Insane asylums in Bengal annual reports 1876-1887 - 1876-1887
Year: 1876
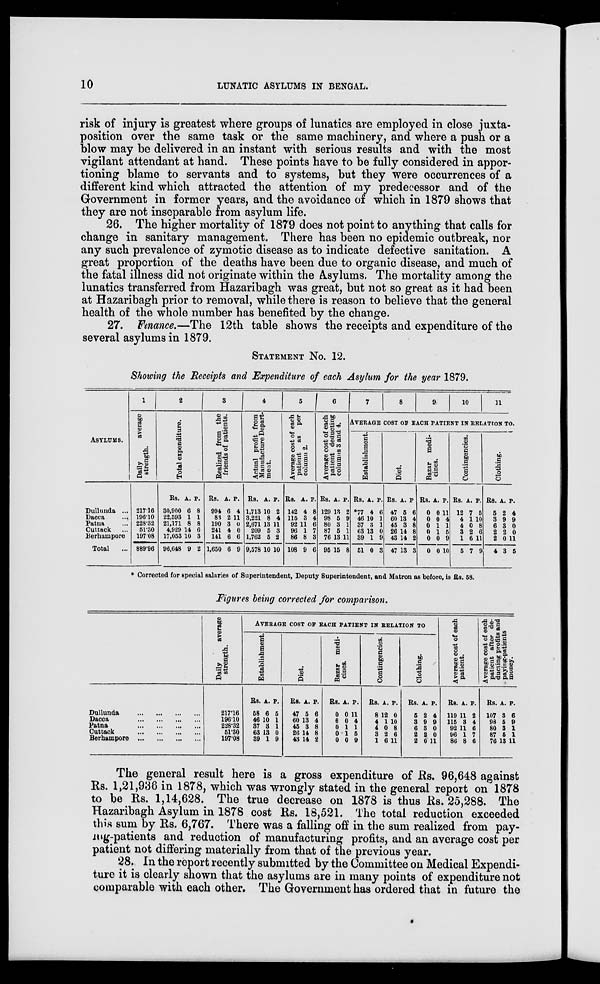
10
LUNATIC ASYLUMS IN BENGAL.
risk of injury is greatest where groups of lunatics are employed in close juxta-
position over the same task or the same machinery, and where a push or a
blow may be delivered in an instant with serious results and with the most
vigilant attendant at hand. These points have to be fully considered in appor-
tioning blame to servants and to systems, but they were occurrences of a
different kind which attracted the attention of my predecessor and of the
Government in former years, and the avoidance of which in 1879 shows that
they are not inseparable from asylum life.
26. The higher mortality of 1879 does not point to anything that calls for
change in sanitary management. There has been no epidemic outbreak, nor
any such prevalence of zymotic disease as to indicate defective sanitation. A
great proportion of the deaths have been due to organic disease, and much of
the fatal illness did not originate within the Asylums. The mortality among the
lunatics transferred from Hazaribagh was great, but not so great as it had been
at Hazaribagh prior to removal, while there is reason to believe that the general
health of the whole number has benefited by the change.
27. Finance.—The 12th table shows the receipts and expenditure of the
several asylums in 1879.
STATEMENT No. 12.
Showing the Receipts and Expenditure of each Asylum for the year 1879.
ASYLUMS.
Dullunda ...
Dacca ...
Patna ...
Cuttack ...
Berhampore
Total ...
1
Daily
average
strength.
217.16
196.10
228.32
51.30
197.08
889.96
2
Total expenditure.
Rs.
30,900
22,593
21,171
4,929
17,053
96,648
A.
6
1
8
14
10
9
P.
8
1
8
6
3
2
3
Realized from the
friends of patients.
Rs.
994
83
190
241
141
1,650
A.
6
2
3
4
6
6
P.
4
11
0
0
6
9
4
Actual profit from
Manufacture Depart-
ment.
Rs.
1,713
3,221
2,671
209
1,762
9,578
A.
10
8
13
5
5
10
P.
2
4
11
3
2
10
5
Average cost of each
patient as
per
column 2.
Rs.
142
115
92
96
86
108
A.
4
3
11
1
8
9
P.
8
4
6
7
3
6
6
Average cost of each
patient deducting
columns 3 and 4.
Rs.
129
98
80
87
76
95
A.
13
5
3
5
13
15
P.
2
9
1
1
11
8
7
8
9
10
11
AVERAGE COST OF EACH PATIENT IN RELATION TO.
Establishment.
Rs.
*77
46
37
63
39
51
A.
4
10
3
13
1
0
P.
6
1
1
0
9
3
Diet.
Rs.
47
60
45
26
43
47
A.
5
13
3
14
14
13
P.
6
4
8
8
2
3
Bazar medi-
cines.
Rs.
0
0
0
0
0
0
A.
0
0
1
1
0
0
P.
11
4
1
5
9
10
Contingencies.
Rs.
12
4
4
3
1
5
A.
7
1
0
2
6
7
P.
5
10
8
6
11
9
Clothing.
Rs.
5
3
6
2
2
4
A.
2
9
3
2
0
3
P.
4
9
0
0
11
5
* Corrected for special salaries of Superintendent, Deputy Superintendent, and Matron as before, is Rs. 58.
Figures being corrected for comparison.
Dullunda
...
...
...
...
Dacca
... ... ... ...
Patna
... ... ... ...
Cuttack
... ... ... ...
Berhampore
... ... ... ...
Daily
average
strength.
217.16
196.10
228.32
51.30
197.08
AVERAGE COST OF EACH PATIENT IN RELATION TO
Establishment.
Rs.
58
46
37
63
39
A.
6
10
3
13
1
P.
5
1
1
0
9
Diet.
Rs.
47
60
45
26
43
A.
5
13
3
14
14
P.
6
4
8
8
2
Bazar medi-
cines.
Rs.
0
0
0
0
0
A.
0
0
1
1
0
P.
11
4
1
5
9
Contingencies.
Rs.
8
4
4 3
1
A.
12
1
0
2
6
P.
0
10
8
6
11
Clothing.
Rs.
5
3
6
2
2
A.
2
9
3
2
0
P.
4
9
0
0
11
Average cost of each
patient.
Rs.
119
115
92
96
86
A.
11
3
11
1
8
P.
2
4
6
7
6
Average cost of each
patient after de-
ducting profits and
paying-patients
money.
Rs.
107
98
80
87
76
A.
3
5
3
5
13
P.
6
9
1
1
11
The general result here is a gross expenditure of Rs. 96,648 against
Rs. 1,21,936 in 1878, which was wrongly stated in the general report on 1878
to be Rs. 1,14,628. The true decrease on 1878 is thus Rs. 25,288. The
Hazaribagh Asylum in 1878 cost Rs. 18,521. The total reduction exceeded
this sum by Rs. 6,767. There was a falling off in the sum realized from pay-
ing-patients and reduction of manufacturing profits, and an average cost per
patient not differing materially from that of the previous year.
28. In the report recently submitted by the Committee on Medical Expendi-
ture it is clearly shown that the asylums are in many points of expenditure not
comparable with each other. The Government has ordered that in future the